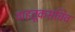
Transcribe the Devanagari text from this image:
वाहतूकसचिव